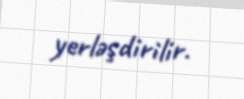
yerləşdirilir.